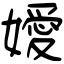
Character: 嬡